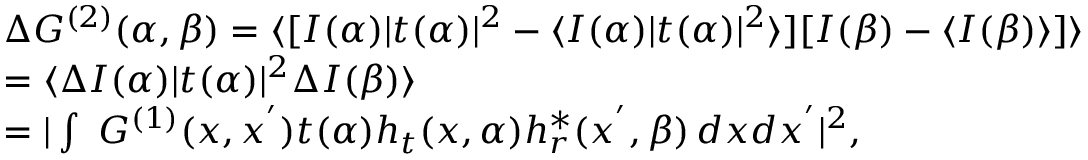
\begin{array} { r l } & { \Delta G ^ { ( 2 ) } ( \alpha , \beta ) = \langle [ I ( \alpha ) | t ( \alpha ) | ^ { 2 } - \langle I ( \alpha ) | t ( \alpha ) | ^ { 2 } \rangle ] [ I ( \beta ) - \langle I ( \beta ) \rangle ] \rangle } \\ & { = \langle \Delta I ( \alpha ) | t ( \alpha ) | ^ { 2 } \Delta I ( \beta ) \rangle } \\ & { = | \int \ G ^ { ( 1 ) } ( x , x ^ { ' } ) t ( \alpha ) h _ { t } ( x , \alpha ) h _ { r } ^ { * } ( x ^ { ' } , \beta ) \, d x d x ^ { ' } | ^ { 2 } , } \end{array}